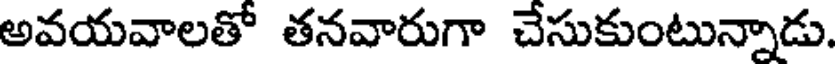
అవయవాలతో తనవారుగా చేసుకుంటున్నాడు.